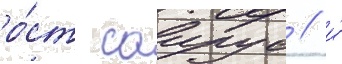
ро́ст саирус / и́